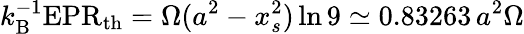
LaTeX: k_{\mathrm{B}}^{-1}\mathrm{EPR}_{\mathrm{th}}=\Omega(a^{2}-x_{s}^{2})\ln 9\simeq 0.83263\, a^{2}\Omega